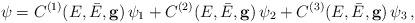
LaTeX: \begin{align*}\psi= C^{(1)}(E,\bar{E},\mathbf{g})\, \psi_{1} +C^{(2)}(E,\bar{E},\mathbf{g})\,\psi_{2} + C^{(3)}(E,\bar{E},{\mathbf g})\,\psi_{3}\,, \end{align*}